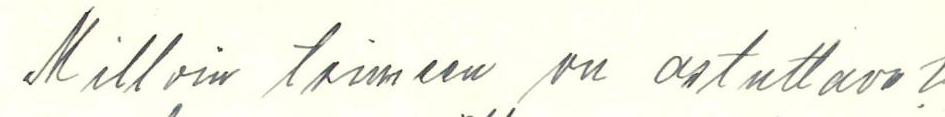
Milloin toimeen on astuttava?